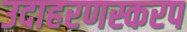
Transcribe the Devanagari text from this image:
उदाहरणस्करप